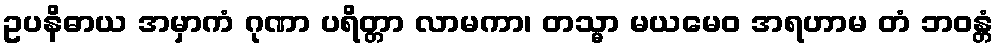
ဥပနိဓာယ အမှာကံ ဂုဏာ ပရိတ္တာ လာမကာ၊ တသ္မာ မယမေဝ အရဟာမ တံ ဘဝန္တံ